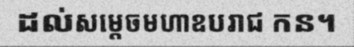
ដល់សម្តេចមហាឧបរាជ កន។